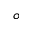
^ Ḋ o Ḍ